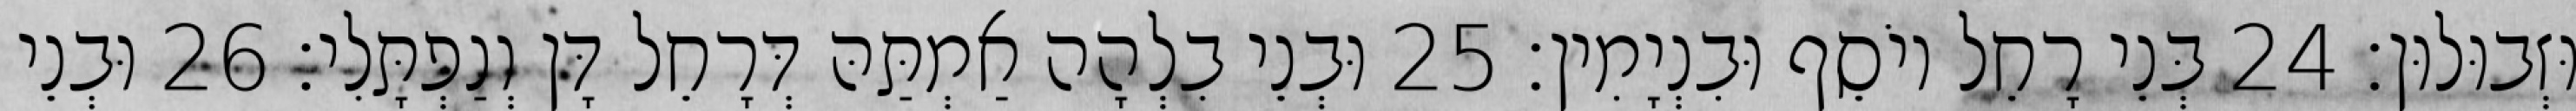
וּזְבוּלוּן׃ 24 בְּנֵי רָחֵל יוֹסֵף וּבִנְיָמִין׃ 25 וּבְנֵי בִלְהָה אַמְתַּהּ דְּרָחֵל דָּן וְנַפְתָּלִי׃ 26 וּבְנֵי